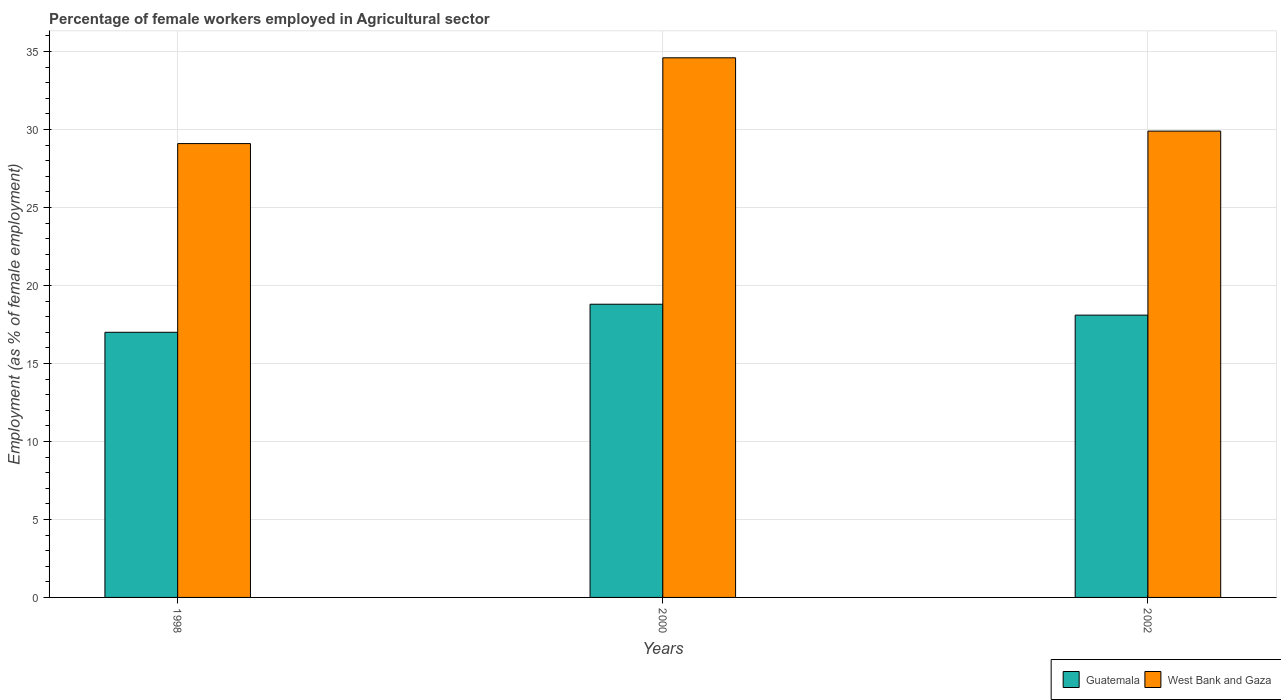
| Years | Guatemala | West Bank and Gaza |
 | --- | --- | --- |
 | 1998 | 17 | 29.1 |
 | 2000 | 18.8 | 34.6 |
 | 2002 | 18.1 | 29.9 |